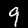
Digit: 9